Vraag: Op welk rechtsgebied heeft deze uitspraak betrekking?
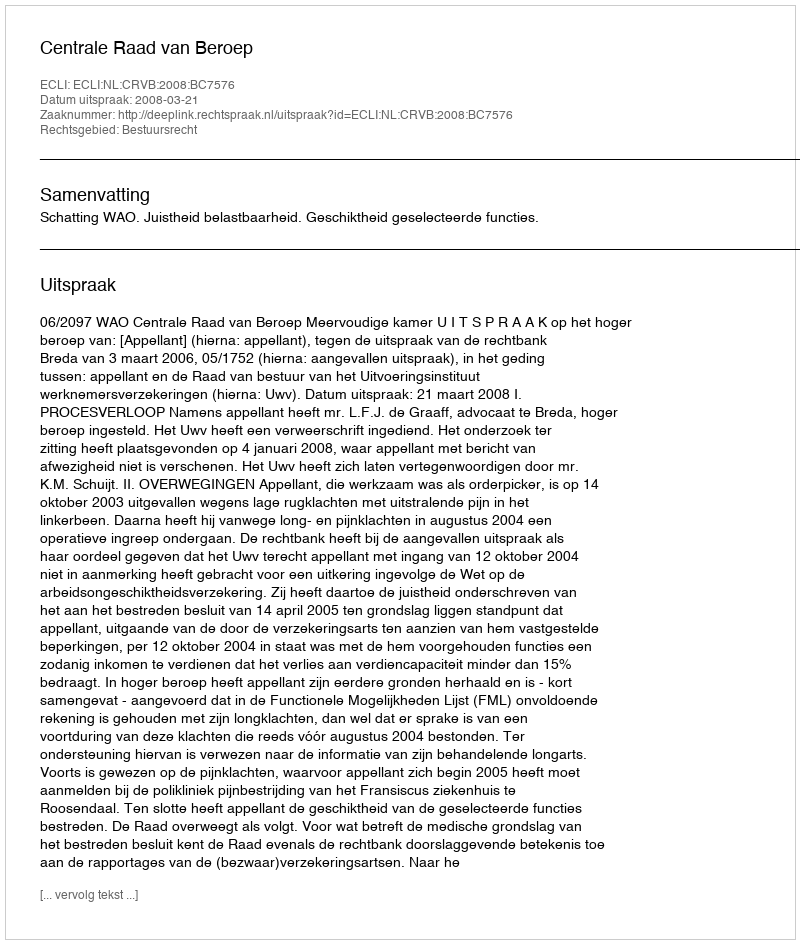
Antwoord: Bestuursrecht